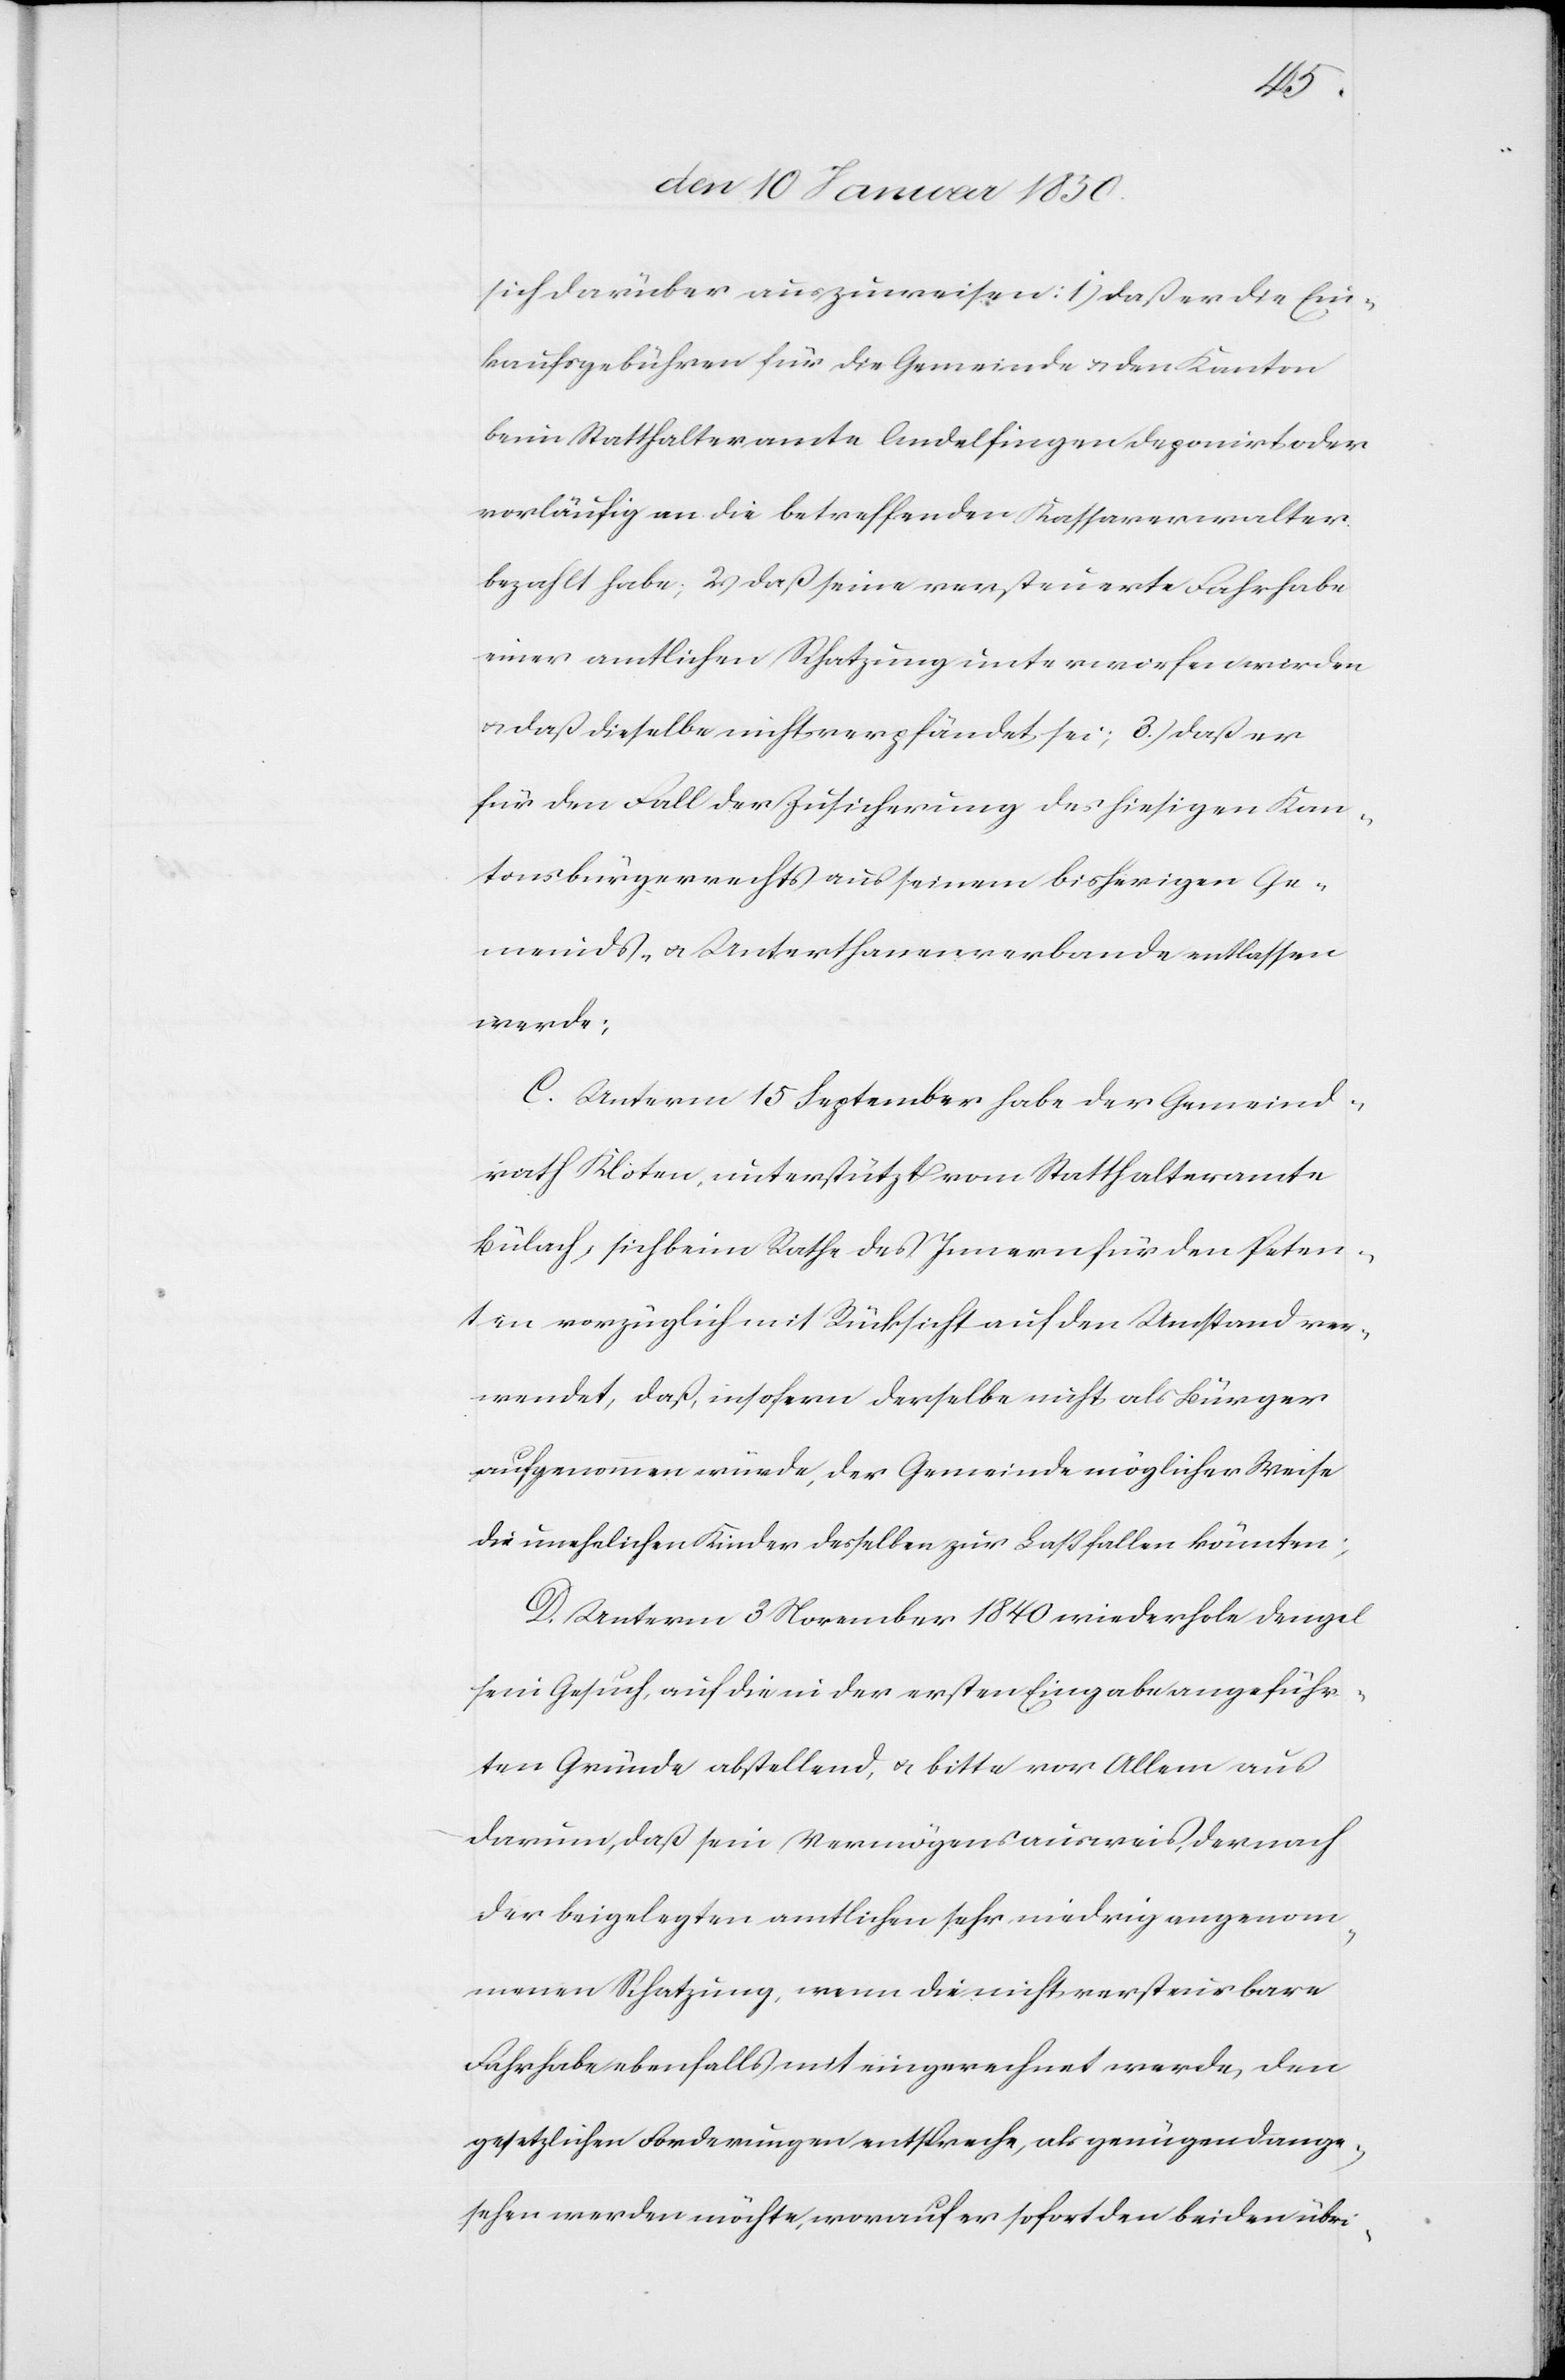
sich darüber auszuweisen: 1) daß er die Ein¬
kaufsgebühren für die Gemeinde u. den Kanton
beim Statthalteramte Andelfingen deponirt oder
vorläufig an die betreffenden Kassaverwalter
bezahlt habe; 2) daß seine versteuerte Fahrhabe
einer amtlichen Schatzung unterworfen worden
u. daß dieselbe nicht verpfändet sei; 3.) daß er
für den Fall der Zusicherung des hiesigen Kan¬
tonsbürgerrechts aus seinem bisherigen Ge¬
meinds- u. Unterthanenverbande entlassen
werde;
C. Unterm 15 September habe der Gemeind¬
rath Kloten, unterstützt vom Statthalteramte
Bülach, sich beim Rathe des Innern für den Peten¬
ten vorzüglich mit Rücksicht auf den Umstand ver¬
wendet, daß, insofern derselbe nicht als Bürger
aufgenommen würde, der Gemeinde möglicher Weise
die unehelichen Kinder desselben zur Last fallen könnten;
D. Unterm 3 November 1840 wiederhole Dengel
sein Gesuch, auf die in der ersten Eingabe angeführ¬
ten Gründe abstellend, u. bitte vor Allem aus
darum, daß sein Vermögensausweis, dernach
der beigelegten amtlichen sehr niedrig angenom¬
menen Schatzung, wenn die nicht versteuerbare
Fahrhabe ebenfalls mit eingerechnet werde, den
gesetzlichen Forderungen entspreche, als genügend ange¬
sehen werden möchte, worauf er sofort den beiden übri-